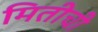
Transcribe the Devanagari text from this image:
मितीची